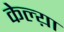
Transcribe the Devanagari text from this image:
केल्य़ा